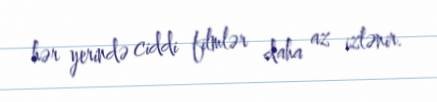
hər yerində ciddi filmlər daha az izlənir.